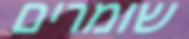
שומרים